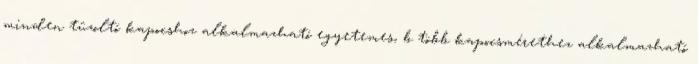
minden tûzoltó kapocshoz alkalmazható egyetemes, b több kapocsmérethez alkalmazható